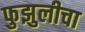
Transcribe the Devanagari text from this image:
फुझुलीचा